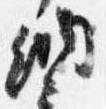
納